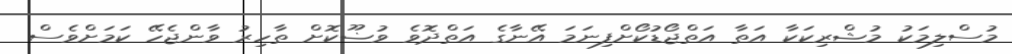
މުސްލިމަކު މުޝްރިކަކާ އަތާ އަތްޖޯޑުކޯށްފިނަމަ އޭނާގެ އަތްދޮވެ ވުޟޫކޮށް ތާހިރު ވާންޖެހޭ ކަމަށްވެސް